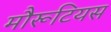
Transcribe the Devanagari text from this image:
मौरूटियस